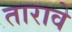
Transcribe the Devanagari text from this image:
तारावे